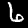
Digit: 6